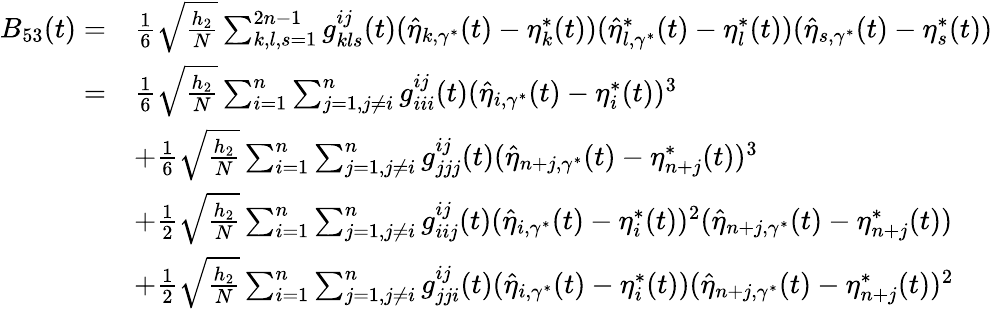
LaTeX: \begin{array}{rl}{B_{53}(t)=}&{\frac{1}{6}\sqrt{\frac{h_{2}}{N}}\sum_{k,l,s=1}^{2n-1}g_{kls}^{ij}(t)(\widehat{\eta}_{k,\gamma^{*}}(t)-\eta_{k}^{*}(t))(\widehat{\eta}_{l,\gamma^{*}}^{*}(t)-\eta_{l}^{*}(t))(\widehat{\eta}_{s,\gamma^{*}}(t)-\eta_{s}^{*}(t))}\\ {=}&{\frac{1}{6}\sqrt{\frac{h_{2}}{N}}\sum_{i=1}^{n}\sum_{j=1,j\neq i}^{n}g_{iii}^{ij}(t)(\widehat{\eta}_{i,\gamma^{*}}(t)-\eta_{i}^{*}(t))^{3}}\\ &{+\frac{1}{6}\sqrt{\frac{h_{2}}{N}}\sum_{i=1}^{n}\sum_{j=1,j\neq i}^{n}g_{jjj}^{ij}(t)(\widehat{\eta}_{n+j,\gamma^{*}}(t)-\eta_{n+j}^{*}(t))^{3}}\\ &{+\frac{1}{2}\sqrt{\frac{h_{2}}{N}}\sum_{i=1}^{n}\sum_{j=1,j\neq i}^{n}g_{iij}^{ij}(t)(\widehat{\eta}_{i,\gamma^{*}}(t)-\eta_{i}^{*}(t))^{2}(\widehat{\eta}_{n+j,\gamma^{*}}(t)-\eta_{n+j}^{*}(t))}\\ &{+\frac{1}{2}\sqrt{\frac{h_{2}}{N}}\sum_{i=1}^{n}\sum_{j=1,j\neq i}^{n}g_{jji}^{ij}(t)(\widehat{\eta}_{i,\gamma^{*}}(t)-\eta_{i}^{*}(t))(\widehat{\eta}_{n+j,\gamma^{*}}(t)-\eta_{n+j}^{*}(t))^{2}}\end{array}